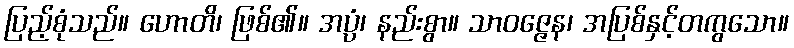
ပြည့်စုံသည်။ ဟောတိ၊ ဖြစ်၏။ အပ္ပံ၊ နည်းစွာ။ သာဝဇ္ဇေန၊ အပြစ်နှင့်တကွသော။